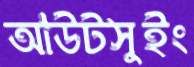
আউটসুইং